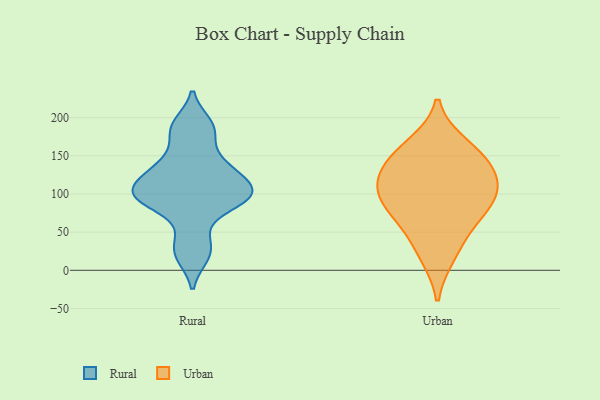
{"axis": {"x": "Energy Usage (MWh)", "y": "Value"}, "legend": ["Rural", "Urban"], "data": [{"x": "", "y": 94, "type": "Rural"}, {"x": "", "y": 19, "type": "Rural"}, {"x": "", "y": 107, "type": "Rural"}, {"x": "", "y": 119, "type": "Rural"}, {"x": "", "y": 43, "type": "Rural"}, {"x": "", "y": 23, "type": "Rural"}, {"x": "", "y": 186, "type": "Rural"}, {"x": "", "y": 144, "type": "Rural"}, {"x": "", "y": 90, "type": "Rural"}, {"x": "", "y": 131, "type": "Rural"}, {"x": "", "y": 191, "type": "Rural"}, {"x": "", "y": 90, "type": "Rural"}, {"x": "", "y": 101, "type": "Rural"}, {"x": "", "y": 89, "type": "Rural"}, {"x": "", "y": 114, "type": "Rural"}, {"x": "", "y": 181, "type": "Rural"}, {"x": "", "y": 102, "type": "Rural"}, {"x": "", "y": 139, "type": "Rural"}, {"x": "", "y": 119, "type": "Urban"}, {"x": "", "y": 115, "type": "Urban"}, {"x": "", "y": 19, "type": "Urban"}, {"x": "", "y": 79, "type": "Urban"}, {"x": "", "y": 52, "type": "Urban"}, {"x": "", "y": 138, "type": "Urban"}, {"x": "", "y": 87, "type": "Urban"}, {"x": "", "y": 151, "type": "Urban"}, {"x": "", "y": 98, "type": "Urban"}, {"x": "", "y": 165, "type": "Urban"}]}